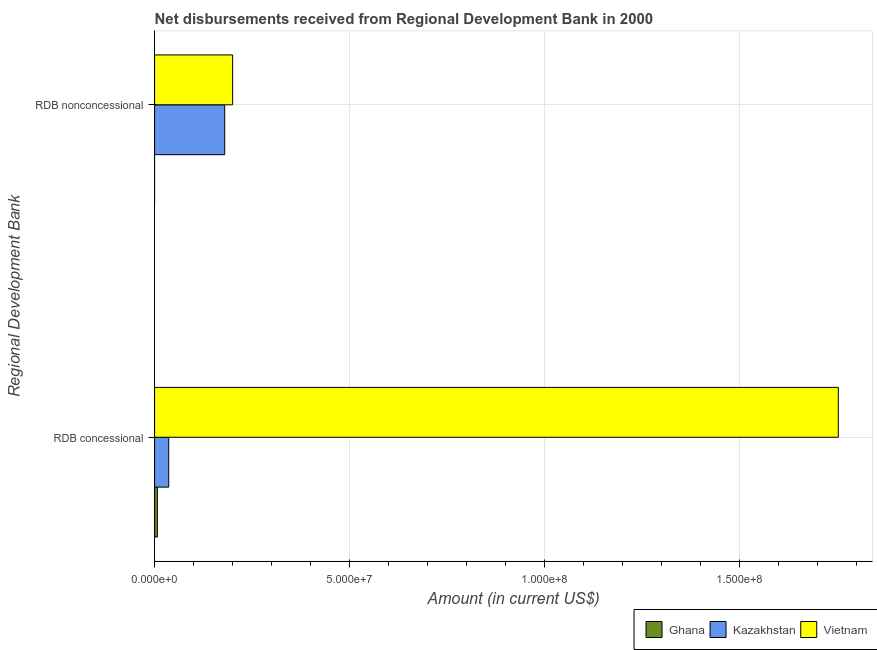
| Regional Development Bank | Ghana | Kazakhstan | Vietnam |
 | --- | --- | --- | --- |
 | RDB concessional | 7.06e+05 | 3.62e+06 | 1.75e+08 |
 | RDB nonconcessional | -1.35e+07 | 1.8e+07 | 2e+07 |